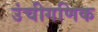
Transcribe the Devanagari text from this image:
उंचीगणिक